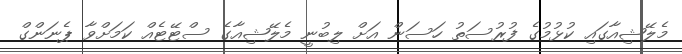
މެލޭޝިއާގައި ކުޅުމުގެ ފުރުސަތު ހަސަން އަށް ލިބުނީ މެލޭޝިއާގެ ސްޓޭޓެއް ކަމަށްވާ ޕެނަންގް